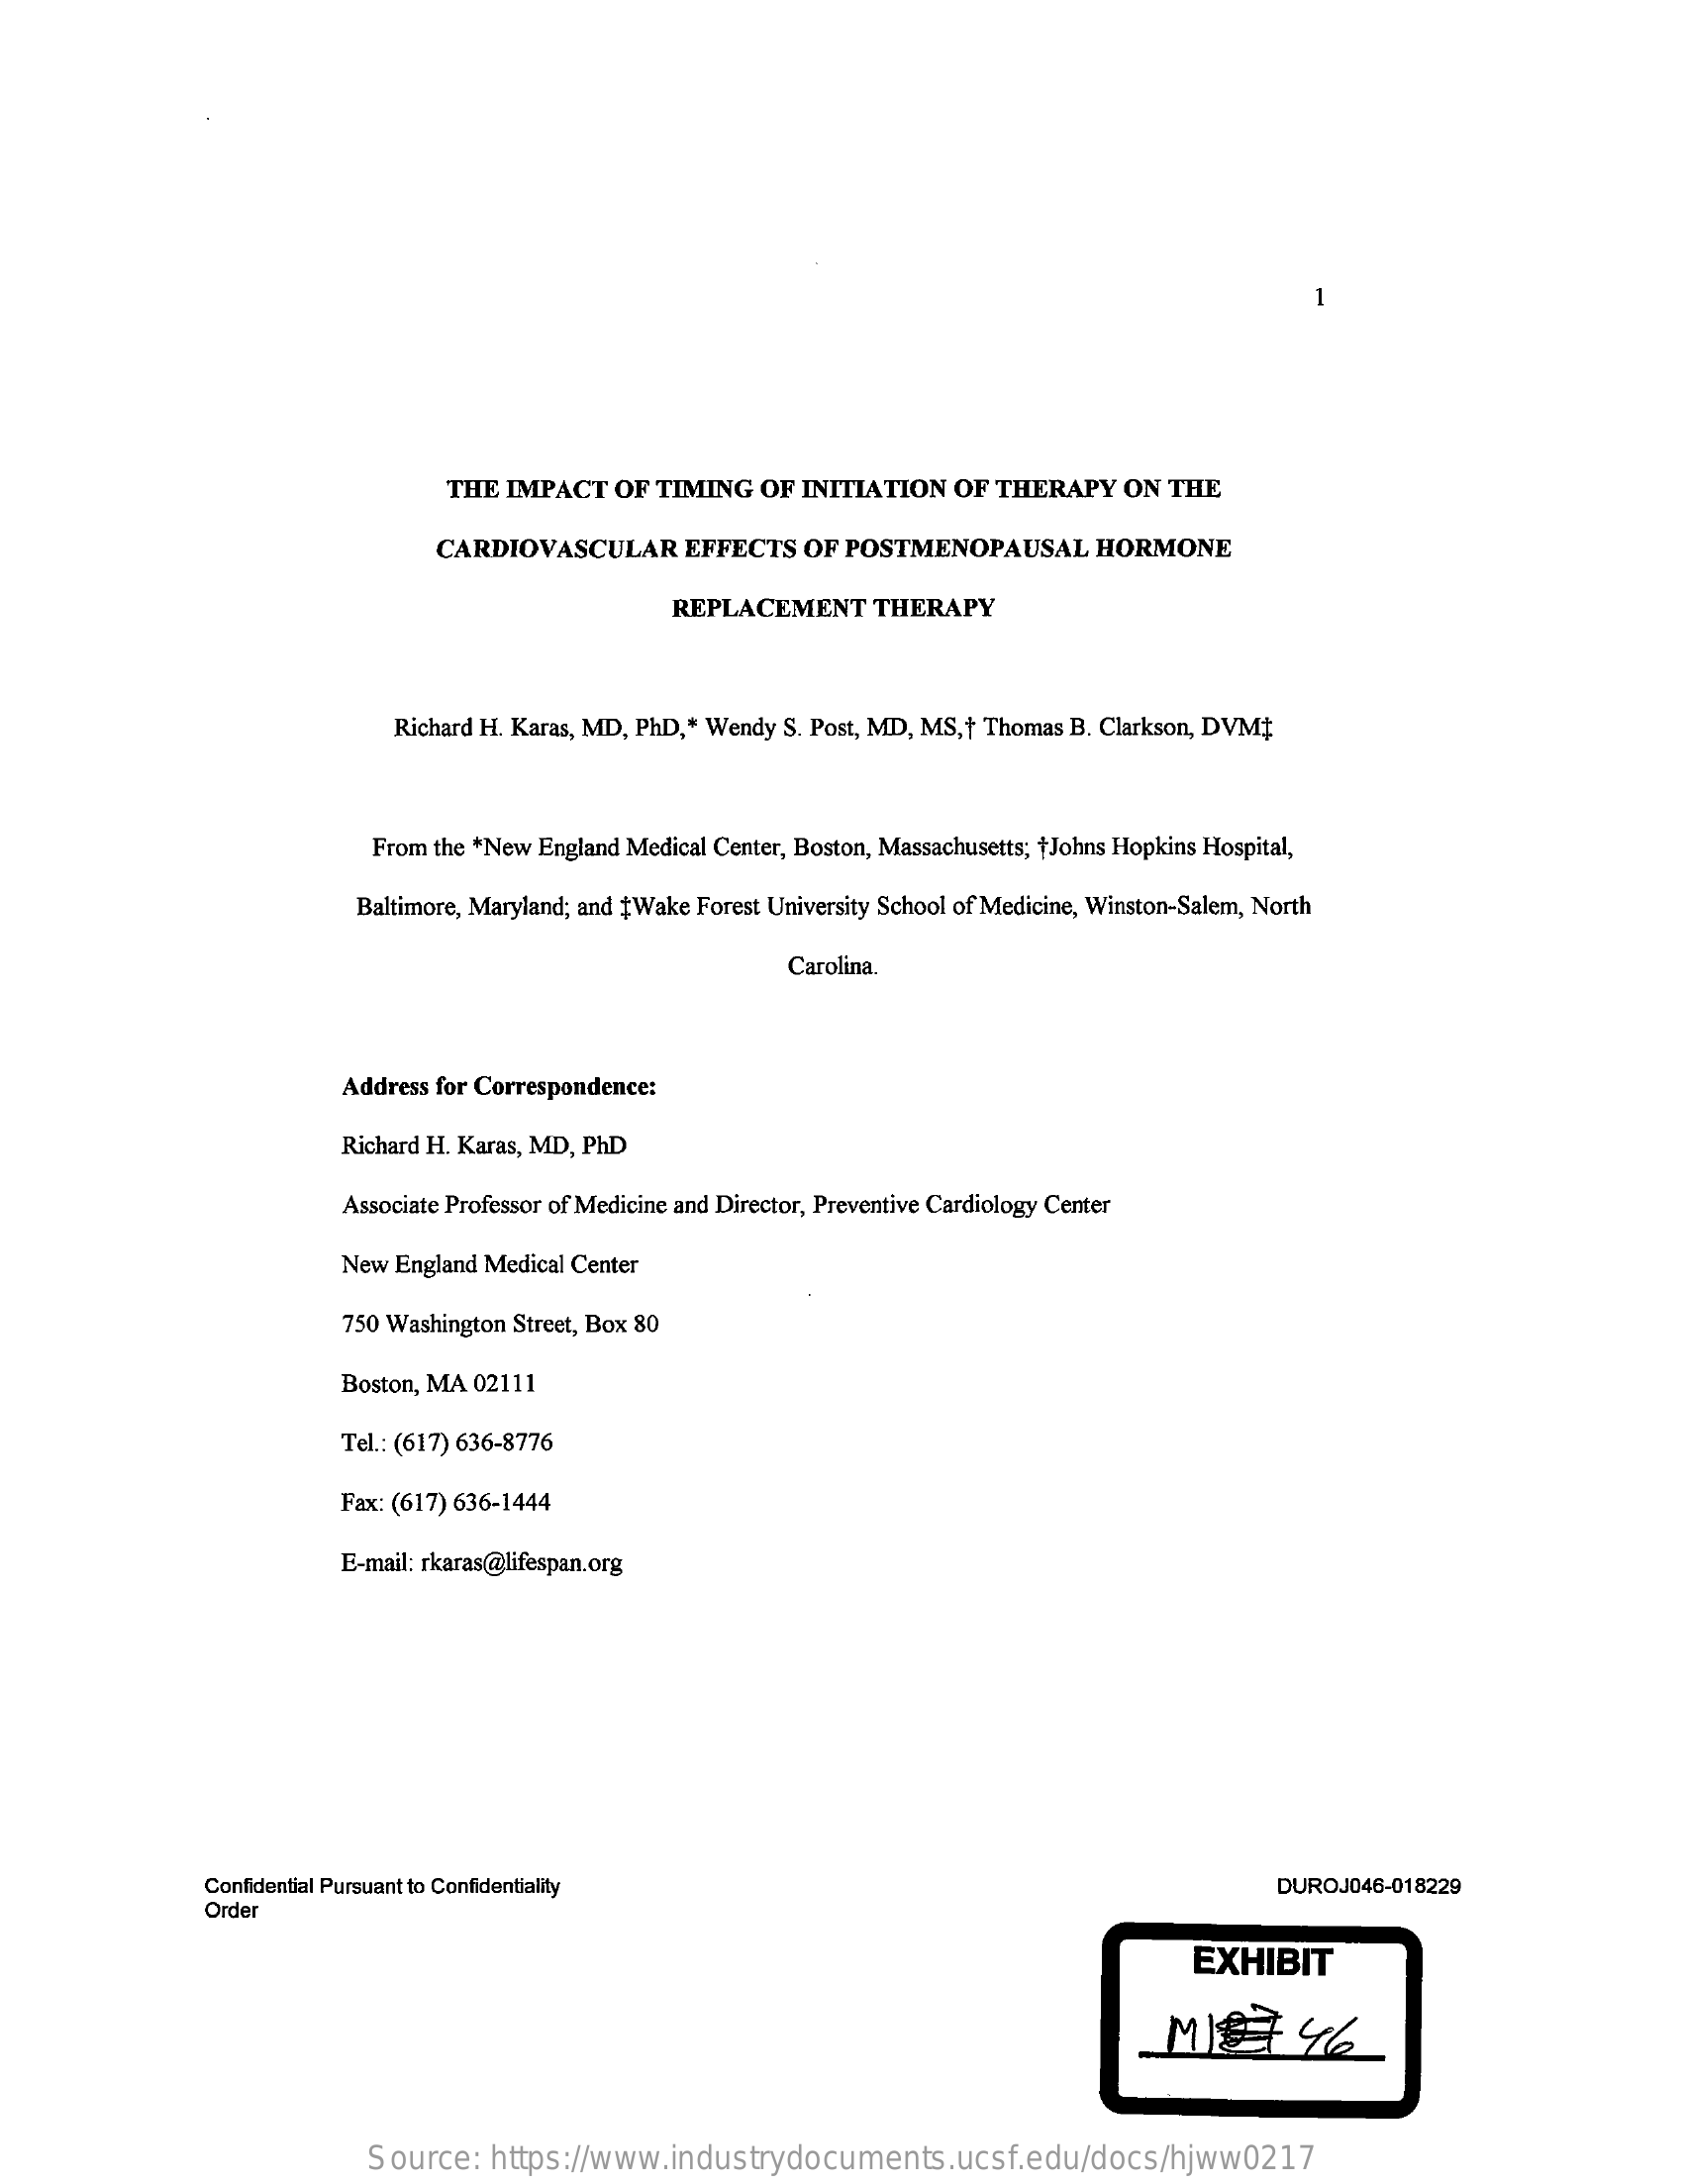
-
     THE  IMPACT   OF TIMING   OF INITIATION   OF THERAPY    ON THE
     CARDIOVASCULAR    EFFECTS  OF  POSTMENOPAUSAL    HORMONE
     REPLACEMENT    THERAPY
     Richard H. Karas, MD, PhD, Wendy S. Post, MD, MS, + Thomas B. Clarkson, DVM;
     From the *New England Medical Center, Boston, Massachusetts; +Johns Hopkins Hospital,
     Baltimore, Maryland; and #Wake Forest University School of Medicine, Winston-Salem, North
     Carolina.
     Address for Correspondence:
     Richard H. Karas, MD, PhD
     Associate Professor of Medicine and Director, Preventive Cardiology Center
     New  England Medical Center
     750 Washington Street, Box 80
     Boston, MA 02111
     Tel .: (617) 636-8776
     Fax: (617) 636-1444
     E-mail: rkaras@lifespan.org
     Confidential Pursuant to Confidentiality
     Order
     DUROJ046-018229
     EXHIBIT
     Source:   https://www.industrydocuments.ucsf.edu/docs/hjww0217